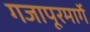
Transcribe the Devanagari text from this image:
गजापूरमार्गे